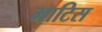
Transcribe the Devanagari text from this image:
माटिस